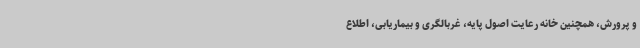
و پرورش، همچنین خانه رعایت اصول پایه، غربالگری و بیماریابی، اطلاع